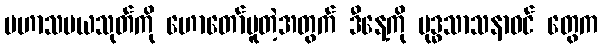
မဟာသမယသုတ်ကို ဟောတော်မူတဲ့အတွက် ဒီနေ့ကို ဗုဒ္ဓသာသနာဝင် တွေက